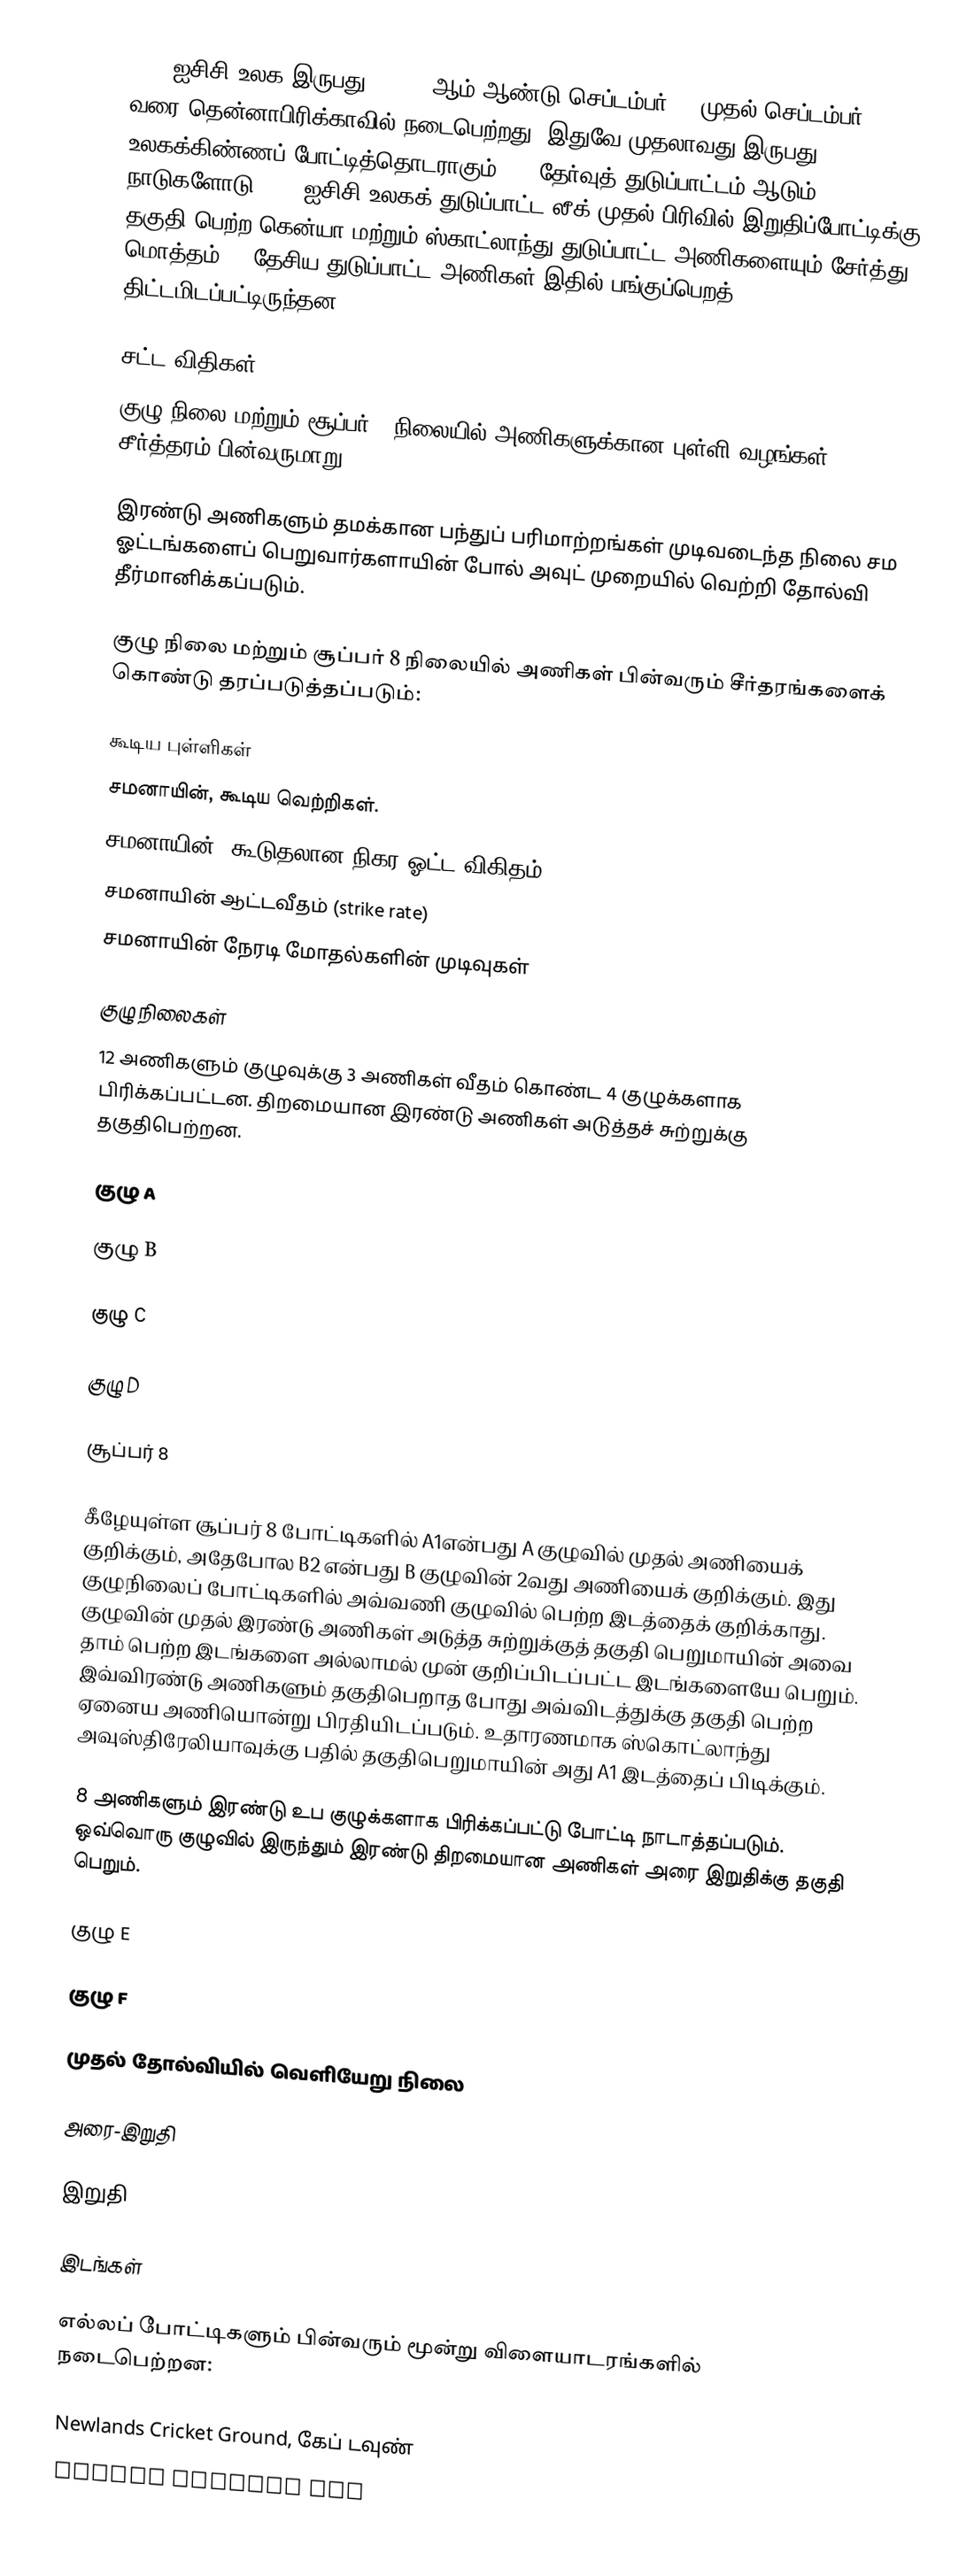
2007 ஐசிசி உலக இருபது20 2007 ஆம் ஆண்டு செப்டம்பர் 11 முதல் செப்டம்பர் 24 வரை தென்னாபிரிக்காவில் நடைபெற்றது. இதுவே முதலாவது இருபது20 உலகக்கிண்ணப் போட்டித்தொடராகும். 10 தேர்வுத் துடுப்பாட்டம் ஆடும் நாடுகளோடு 2007 ஐசிசி உலகக் துடுப்பாட்ட லீக் முதல் பிரிவில் இறுதிப்போட்டிக்கு தகுதி பெற்ற கென்யா மற்றும் ஸ்காட்லாந்து துடுப்பாட்ட அணிகளையும் சேர்த்து மொத்தம் 12 தேசிய துடுப்பாட்ட அணிகள் இதில் பங்குப்பெறத் திட்டமிடப்பட்டிருந்தன.

சட்ட விதிகள்
குழு நிலை மற்றும் சூப்பர் 8 நிலையில் அணிகளுக்கான புள்ளி வழங்கள் சீர்த்தரம் பின்வருமாறு:

இரண்டு அணிகளும் தமக்கான பந்துப் பரிமாற்றங்கள் முடிவடைந்த நிலை சம ஓட்டங்களைப் பெறுவார்களாயின் போல் அவுட் முறையில் வெற்றி தோல்வி தீர்மானிக்கப்படும்.

குழு நிலை மற்றும் சூப்பர் 8 நிலையில் அணிகள் பின்வரும் சீர்தரங்களைக் கொண்டு தரப்படுத்தப்படும்:

 கூடிய புள்ளிகள்
 சமனாயின், கூடிய வெற்றிகள்.
 சமனாயின், கூடுதலான நிகர ஓட்ட விகிதம் (Net run rate).
 சமனாயின் ஆட்டவீதம் (strike rate)
 சமனாயின் நேரடி மோதல்களின் முடிவுகள்

குழு நிலைகள்
12 அணிகளும் குழுவுக்கு 3 அணிகள் வீதம் கொண்ட 4 குழுக்களாக பிரிக்கப்பட்டன. திறமையான இரண்டு அணிகள் அடுத்தச் சுற்றுக்கு தகுதிபெற்றன.

குழு A

குழு B

குழு C

குழு D

சூப்பர் 8

கீழேயுள்ள சூப்பர் 8 போட்டிகளில் A1என்பது A குழுவில் முதல் அணியைக் குறிக்கும், அதேபோல B2 என்பது B குழுவின் 2வது அணியைக் குறிக்கும். இது குழுநிலைப் போட்டிகளில் அவ்வணி குழுவில் பெற்ற இடத்தைக் குறிக்காது. குழுவின் முதல் இரண்டு அணிகள் அடுத்த சுற்றுக்குத் தகுதி பெறுமாயின் அவை தாம் பெற்ற இடங்களை அல்லாமல் முன் குறிப்பிடப்பட்ட இடங்களையே பெறும். இவ்விரண்டு அணிகளும் தகுதிபெறாத போது அவ்விடத்துக்கு தகுதி பெற்ற ஏனைய அணியொன்று பிரதியிடப்படும். உதாரணமாக ஸ்கொட்லாந்து அவுஸ்திரேலியாவுக்கு பதில் தகுதிபெறுமாயின் அது A1 இடத்தைப் பிடிக்கும்.

8 அணிகளும் இரண்டு உப குழுக்களாக பிரிக்கப்பட்டு போட்டி நாடாத்தப்படும். ஒவ்வொரு குழுவில் இருந்தும் இரண்டு திறமையான அணிகள் அரை இறுதிக்கு தகுதி பெறும்.

குழு E

குழு F

முதல் தோல்வியில் வெளியேறு நிலை

அரை-இறுதி

இறுதி

இடங்கள்

எல்லப் போட்டிகளும் பின்வரும் மூன்று விளையாடரங்களில் நடைபெற்றன:

 Newlands Cricket Ground, கேப் டவுண்
 Sahara Stadium Kin